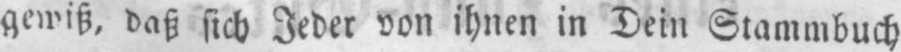
gewiß, daß sich Jeder von ihnen in Dein Stammbuch